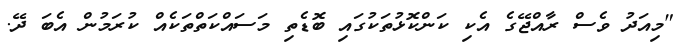
"މިއަދު ވެސް ރާއްޖޭގެ އެކި ކަންކޮޅުތަކުގައި ބޮޑެތި މަސައްކަތްތަކެއް ކުރަމުން އެބަ ދޭ.